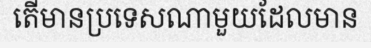
តើមានប្រទេសណាមួយដែលមាន